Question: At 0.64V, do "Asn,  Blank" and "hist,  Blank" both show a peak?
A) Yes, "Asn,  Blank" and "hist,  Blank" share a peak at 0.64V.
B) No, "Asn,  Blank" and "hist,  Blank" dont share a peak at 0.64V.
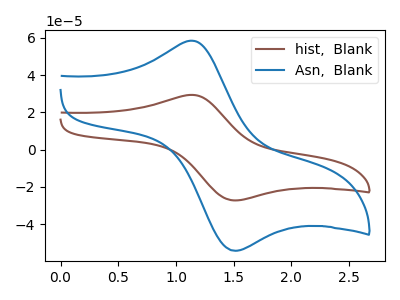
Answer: <think>The brown curve "hist,  Blank" has an anodic peak at (1.15V, 29.35uA) and a cathodic peak at (1.50V, -27.30uA). The blue curve "Asn,  Blank" has an anodic peak at (1.15V, 58.40uA) and a cathodic peak at (1.50V, -54.30uA).</think>
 <answer>B) No, "Asn,  Blank" and "hist,  Blank" dont share a peak at 0.64V.</answer>
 <eval>B</eval>